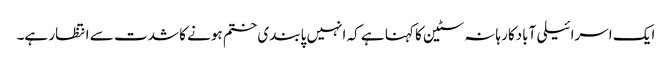
ایک اسرائیلی آبادکار ہانہ سٹین کا کہنا ہے کہ انہیں پابندی ختم ہونے کا شدت سے انتظار ہے۔